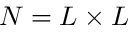
N = L \times L